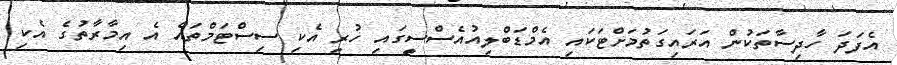
އެފަދަ ހާދިސާތަކުން އަރައިގަތުމަށްޓަކައި އެމްޑަބްލިއުއެސްސީގައި ހުރި އެކި ސިސްޓަމްތައް އެ އިމާރާތުގެ އެކި